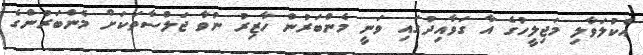
އެކުލަވާލި މަޖިލީހުގެ އާ ގަވާއިދުގައި ވަނީ މެންބަރުން ހާޒިރު ނުވާ ޖަލްސާތަކަށް މެންބަރުންގެ